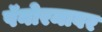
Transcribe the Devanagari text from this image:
पॅनोरमावर